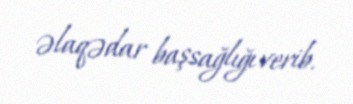
əlaqədar başsağlığı verib.